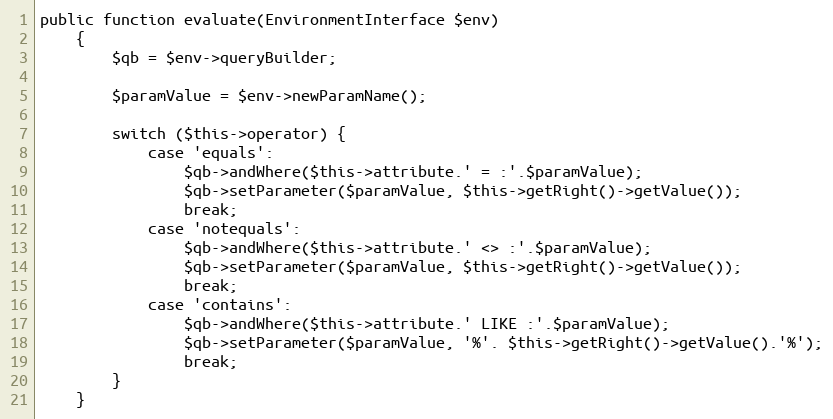
Language: PHP
public function evaluate(EnvironmentInterface $env)
    {
        $qb = $env->queryBuilder;

        $paramValue = $env->newParamName();

        switch ($this->operator) {
            case 'equals':
                $qb->andWhere($this->attribute.' = :'.$paramValue);
                $qb->setParameter($paramValue, $this->getRight()->getValue());
                break;
            case 'notequals':
                $qb->andWhere($this->attribute.' <> :'.$paramValue);
                $qb->setParameter($paramValue, $this->getRight()->getValue());
                break;
            case 'contains':
                $qb->andWhere($this->attribute.' LIKE :'.$paramValue);
                $qb->setParameter($paramValue, '%'. $this->getRight()->getValue().'%');
                break;
        }
    }